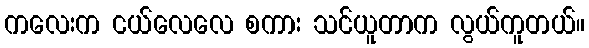
ကလေးက ငယ်လေလေ စကား သင်ယူတာက လွယ်ကူတယ်။